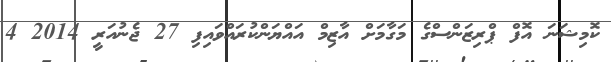
ކޮމިޝަނަ އޮފް ޕްރިޒަންސްގެ މަގާމަށް އާޒިމް އައްޔަންކުރައްވައިފި 27 ޖެނުއަރީ 2014 4